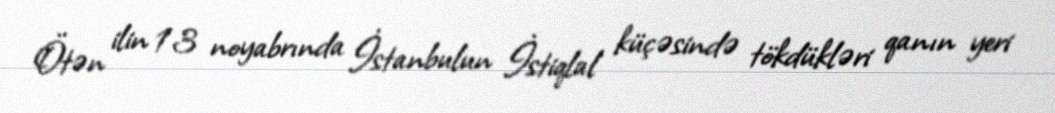
Ötən ilin 13 noyabrında İstanbulun İstiqlal küçəsində tökdükləri qanın yeri